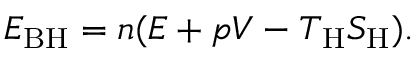
E _ { \mathrm { B H } } = n ( E + p V - T _ { \mathrm { H } } S _ { \mathrm { H } } ) .